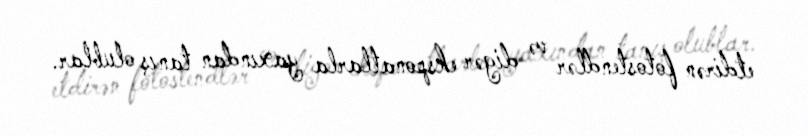
etdirən fotostendlər və digər eksponatlarla yaxından tanış olublar.